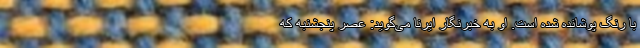
با رنگ پوشانده شده است. او به خبرنگار ایرنا می‌گوید: عصر پنجشنبه که